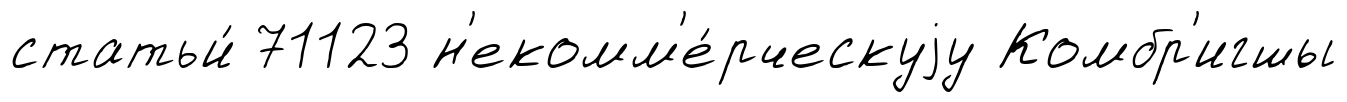
статьи́ 71123 н'екомм'е́рческуjу Комбр'игшы